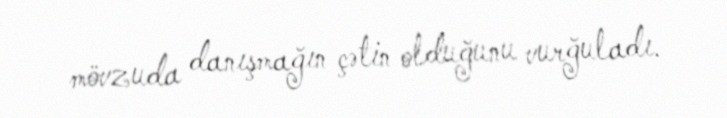
mövzuda danışmağın çətin olduğunu vurğuladı.